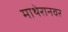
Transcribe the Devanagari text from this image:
माथेरानवर